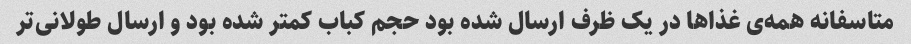
متاسفانه همه‌ی غذاها در یک ظرف ارسال شده بود حجم کباب کمتر شده بود و ارسال طولانی‌تر